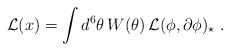
\begin{align*}{\cal L}(x) = \int d^6\theta \, W(\theta) \, {\cal L}(\phi,\partial\phi)_\star \ .\end{align*}